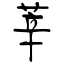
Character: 莘